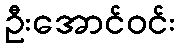
ဦးအောင်ဝင်း